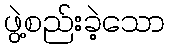
ဖွဲ့စည်းခဲ့သော